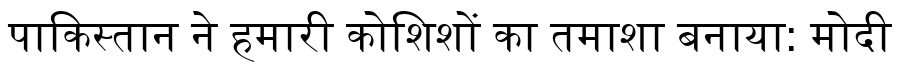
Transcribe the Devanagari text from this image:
पाकिस्तान ने हमारी कोशिशों का तमाशा बनाया: मोदी